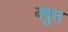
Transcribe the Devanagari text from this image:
बदुत